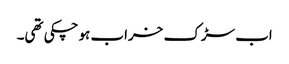
اب سڑک خراب ہوچکی تھی۔